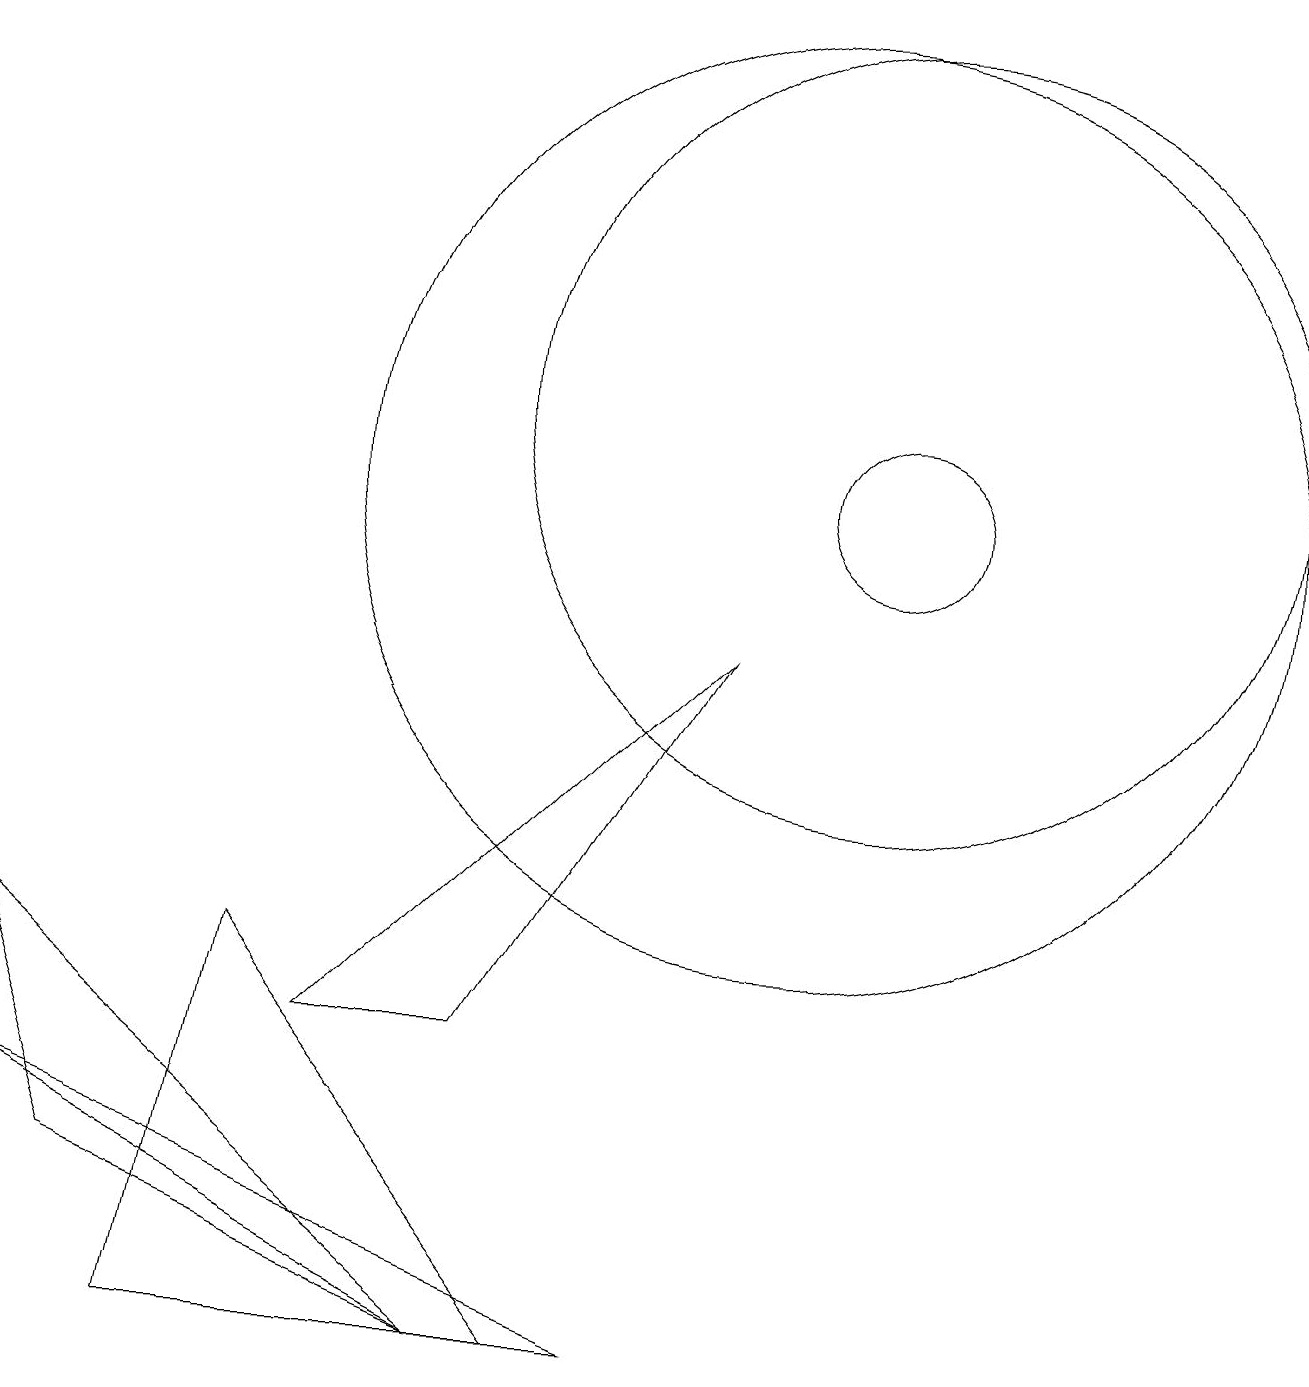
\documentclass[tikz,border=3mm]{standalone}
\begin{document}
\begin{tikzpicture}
\draw (11,12) circle (5);
\draw (0,5) -- (6,0) -- (1,2) -- cycle;
\draw (7,0) -- (3,5) -- (2,0) -- cycle;
\draw (4,4) -- (9,9) -- (6,4) -- cycle;
\draw (6,0) -- (8,0) -- (0,3) -- cycle;
\draw (11,11) circle (1);
\draw (10,11) circle (6);
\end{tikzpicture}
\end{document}